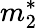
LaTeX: m_{2}^{*}